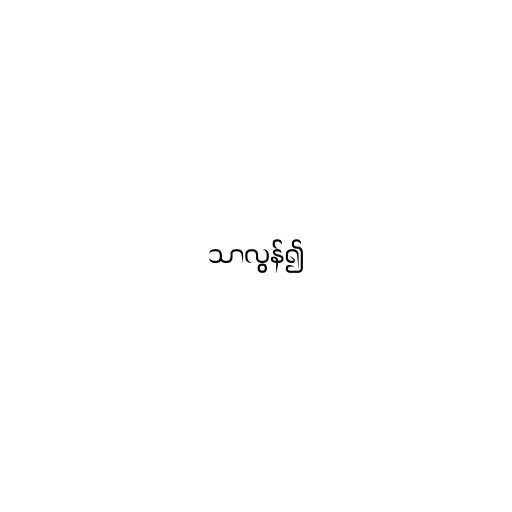
သာလွန်၍